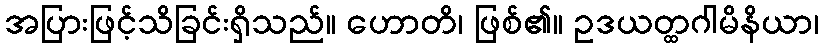
အပြားဖြင့်သိခြင်းရှိသည်။ ဟောတိ၊ ဖြစ်၏။ ဥဒယတ္ထဂါမိနိယာ၊